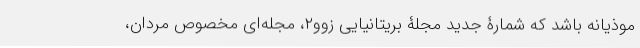
موذیانه باشد که شمارۀ جدید مجلۀ بریتانیایی زوو۲، مجله‌ای مخصوص مردان،